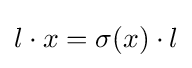
l\cdot x=\sigma (x)\cdot l